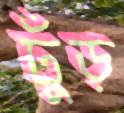
ঢুঁড়